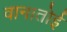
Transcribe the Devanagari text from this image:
वानातोई